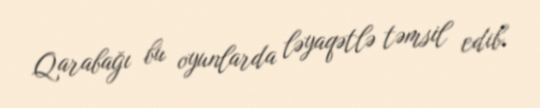
Qarabağı bu oyunlarda ləyaqətlə təmsil edib.